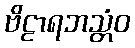
ဗိဠာရဘသ္တံဝ